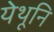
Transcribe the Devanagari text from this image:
येथूनि